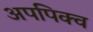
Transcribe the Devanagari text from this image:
अपपिक्व